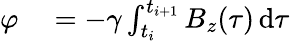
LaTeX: \begin{array}{rl}{\varphi}&{{}=-\gamma\int_{t_{i}}^{t_{i+1}}B_{z}(\tau)\, \mathrm{d}\tau}\end{array}